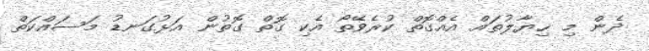
ދެން މި ޚިޔާލުތައް އެއްގޮތް ކުރެވޭތޯ އެކި ގޮތް ގޮތުން އަޅުގަނޑު މަސައްކަތް